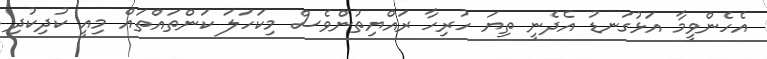
އެހެންވީމާ އަޅުގަނޑު އެދެނީ ތިޔަ ހުރިހާ ރައްޔިތުންވެސް މިކަހަލަ ކަންތައްތައް މިއީ ކުދިކުދި